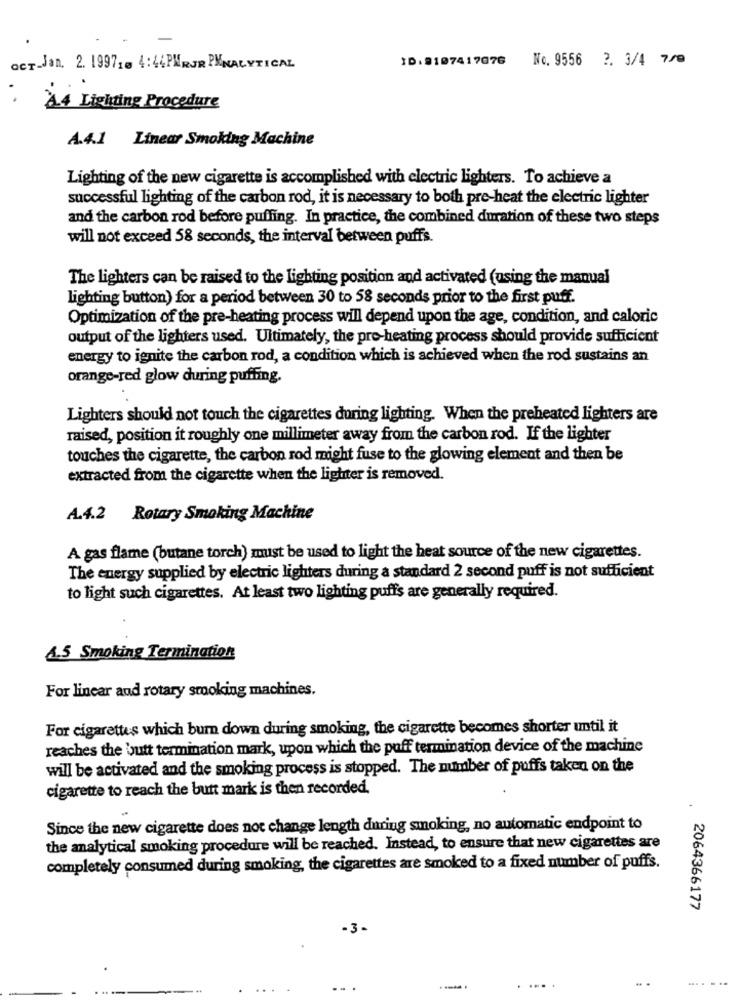
ID. 9107417076
No. 9556 ?. 3/4 7/0
OCT-Jan. 2. 19971= 4:44 PMRUR PANALYTICAL
44 Lichting Procedure
A.4.1 Linear Smoking Machine
Lighting of the new cigarette is accomplished with electric lighters. To achieve a
successful lighting of the carbon rod, it is necessary to both pre-heat the electric lighter
and the carbon rod before puffing. In practice, the combined duration of these two steps
will not exceed 58 seconds, the interval between puffs.
The lighters can be raised to the lighting position and activated (using the manual
lighting button) for a period between 30 to 58 seconds prior to the first puff.
Optimization of the pre-heating process will depend upon the age, condition, and caloric
output of the lighters used. Ultimately, the pro-heating process should provide sufficient
energy to ignite the carbon rod, a condition which is achieved when the rod sustains an
orange-red glow during puffing.
Lighters should not touch the cigarettes during lighting. When the preheated lighters are
raised, position it roughly one millimeter away from the carbon rod. If the lighter
touches the cigarette, the carbon rod might fuse to the glowing element and then be
extracted from the cigarette when the lighter is removed.
A.4.2 Rotary Smoking Machine
A gas flame (butane torch) must be used to light the heat source of the new cigarettes.
The energy supplied by electric lighters during a standard 2 second puff is not sufficient
to light such cigarettes. At least two lighting puffs are generally required.
4.5 Smoking Termination
For linear and rotary smoking machines.
For cigarettes which burn down during smoking, the cigarette becomes shorter until it
reaches the butt termination mark, upon which the puff termination device of the machine
will be activated and the smoking process is stopped. The number of puffs taken on the
cigarette to reach the butt mark is then recorded.
Since the new cigarette does not change length during smoking, no automatic endpoint to
the analytical smoking procedure will be reached. Instead, to ensure that new cigarettes are
completely consumed during smoking, the cigarettes are smoked to a fixed number of puffs.
. 2064366177
-3-
...
.......
. .